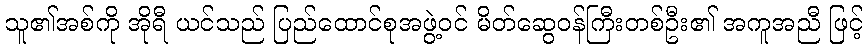
သူ၏အစ်ကို အိုရီ ယင်သည် ပြည်ထောင်စုအဖွဲ့ဝင် မိတ်ဆွေဝန်ကြီးတစ်ဦး၏ အကူအညီ ဖြင့်